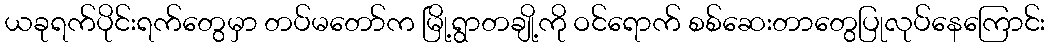
ယခုရက်ပိုင်းရက်တွေမှာ တပ်မတော်က မြို့ရွာတချို့ကို ဝင်ရောက် စစ်ဆေးတာတွေပြုလုပ်နေကြောင်း